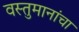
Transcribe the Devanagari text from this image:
वस्तुमानांचा